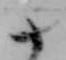
十